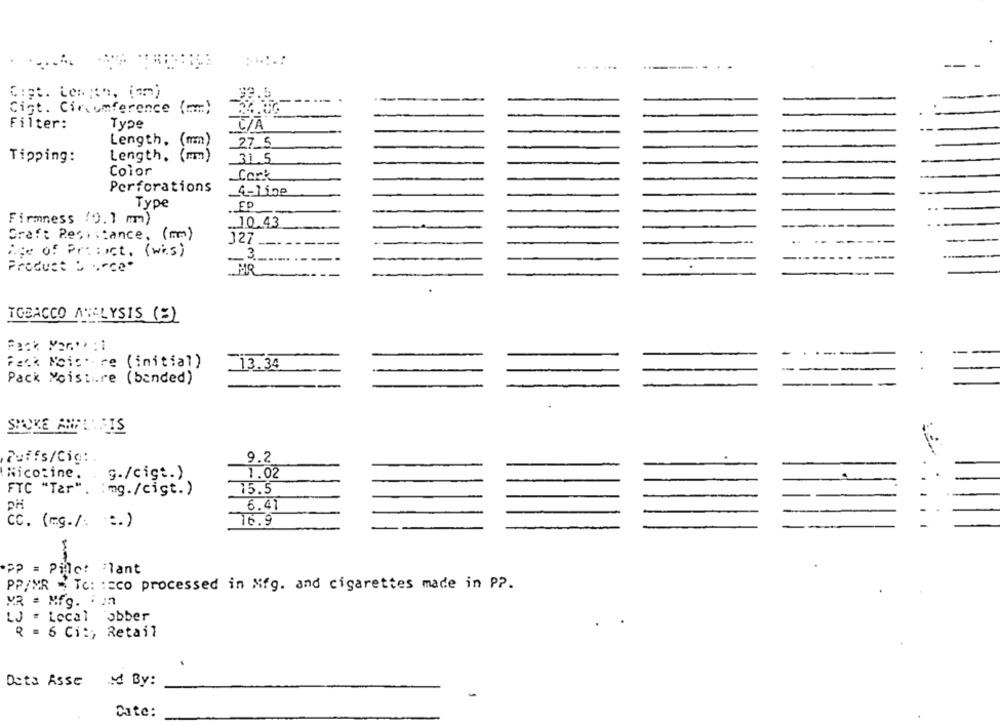
.. .. ...
Cost. Length, in)
Cigt. Circumference (mm)
Type
Filter:
C/A
Length,
(mm)
27 5
Tipping:
Length.
(mm)
31.5
Color
Cork
Perforations
4-1ige
Type
EP
Firmness (0.1 mm)
.10.43
Craft Resistance, (mm)
J27
---
Age of Pri:ect. (wi.s)
Product Lecce.
HR
TOBACCO AMELYSIS (S)
Fack Noic. re (initial)
13.34
-
Pack Moistire (banded)
SPOKE AMFINEIS
Puffs/Cig :.
9.2
Nicotine. . g./cigt.)
1.02
FTC "Tar". : mg./cigt.)
.15.5
PH
6.41
16.9
cc. (mg./: :. )
PP = Pille: lant
PP/MR - Te: : sco processed in Mfg. and cigarettes made in PP.
MR . Mfg. . In
LJ = Local obber
R = 6 Ci :; Retail
Dota Asse
By:
Date: